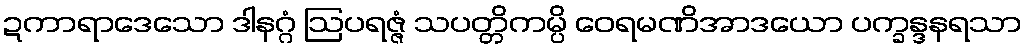
ဍကာရာဒေသော ဒါနဂ္ဂံ ဩပရဇ္ဇံ သပတ္တိကမ္ပိ ဝေရမဏိအာဒယော ပက္ခန္ဒနရသာ